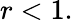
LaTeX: r<1.